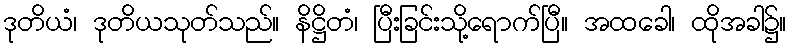
ဒုတိယံ၊ ဒုတိယသုတ်သည်။ နိဋ္ဌိတံ၊ ပြီးခြင်းသို့ရောက်ပြီ။ အထခေါ၊ ထိုအခါ၌။